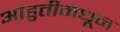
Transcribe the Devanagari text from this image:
आहुतीमधून